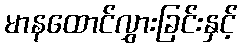
မာနထောင်လွှားခြင်းနှင့်